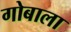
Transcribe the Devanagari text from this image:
गोबाला